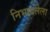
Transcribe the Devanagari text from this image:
निभावलेला